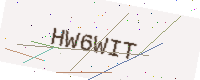
Text: HW6WIT